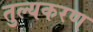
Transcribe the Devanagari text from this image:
तुल्यकरण